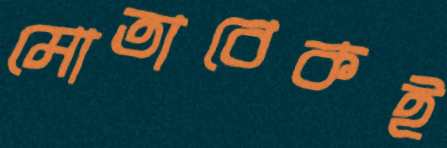
মোতাবেকই